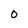
Character: 0